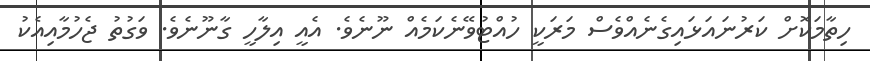
ހިތާމަކޮށް ކަރުނައަޅައިގެނެއްވެސް މަރަކީ ހުއްޓުވޭނެކަމެއް ނޫނެވެ. އެއީ އިލާހީ ގާނޫނެވެ. ވަގުތު ޖެހުމާއިއެކު